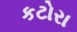
કટોરા